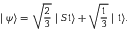
\mid \psi \rangle = \sqrt { \frac { 2 } { 3 } } \mid S 1 \rangle + \sqrt { \frac { 1 } { 3 } } \mid 1 \rangle .